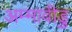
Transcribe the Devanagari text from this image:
अम्मावीडु